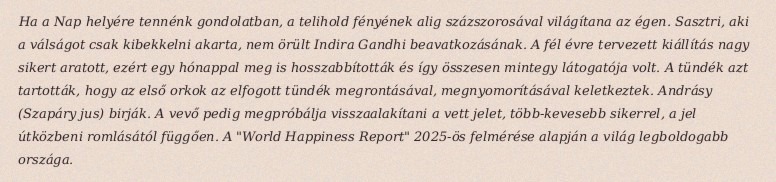
Ha a Nap helyére tennénk gondolatban, a telihold fényének alig százszorosával világítana az égen. Sasztri, aki a válságot csak kibekkelni akarta, nem örült Indira Gandhi beavatkozásának. A fél évre tervezett kiállítás nagy sikert aratott, ezért egy hónappal meg is hosszabbították és így összesen mintegy látogatója volt. A tündék azt tartották, hogy az első orkok az elfogott tündék megrontásával, megnyomorításával keletkeztek. Andrásy (Szapáry jus) birják. A vevő pedig megpróbálja visszaalakítani a vett jelet, több-kevesebb sikerrel, a jel útközbeni romlásától függően. A "World Happiness Report" 2025-ös felmérése alapján a világ legboldogabb országa.